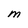
Character: M